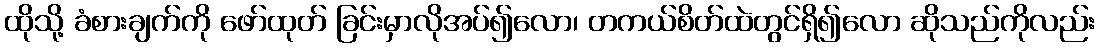
ထိုသို့ ခံစားချက်ကို ဖော်ထုတ် ခြင်းမှာလိုအပ်၍လော၊ တကယ်စိတ်ထဲတွင်ရှိ၍လော ဆိုသည်ကိုလည်း